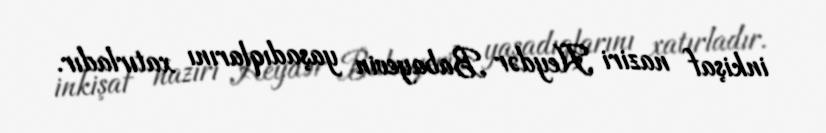
inkişaf naziri Heydər Babayevin yaşadıqlarını xatırladır.